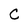
Character: C